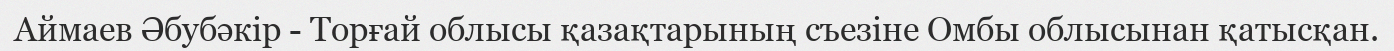
Аймаев Әбубәкір - Торғай облысы қазақтарының съезіне Омбы облысынан қатысқан.